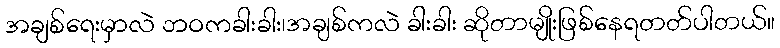
အချစ်ရေးမှာလဲ ဘဝကခါးခါး၊အချစ်ကလဲ ခါးခါး ဆိုတာမျိုးဖြစ်နေရတတ်ပါတယ်။